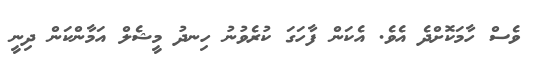
ވެސް ހާމަކޮށްދެ އެވެ. އެކަން ފާހަގަ ކުރެވުނު ހިނދު މީޝެލް އަމާންކަން ދިނީ